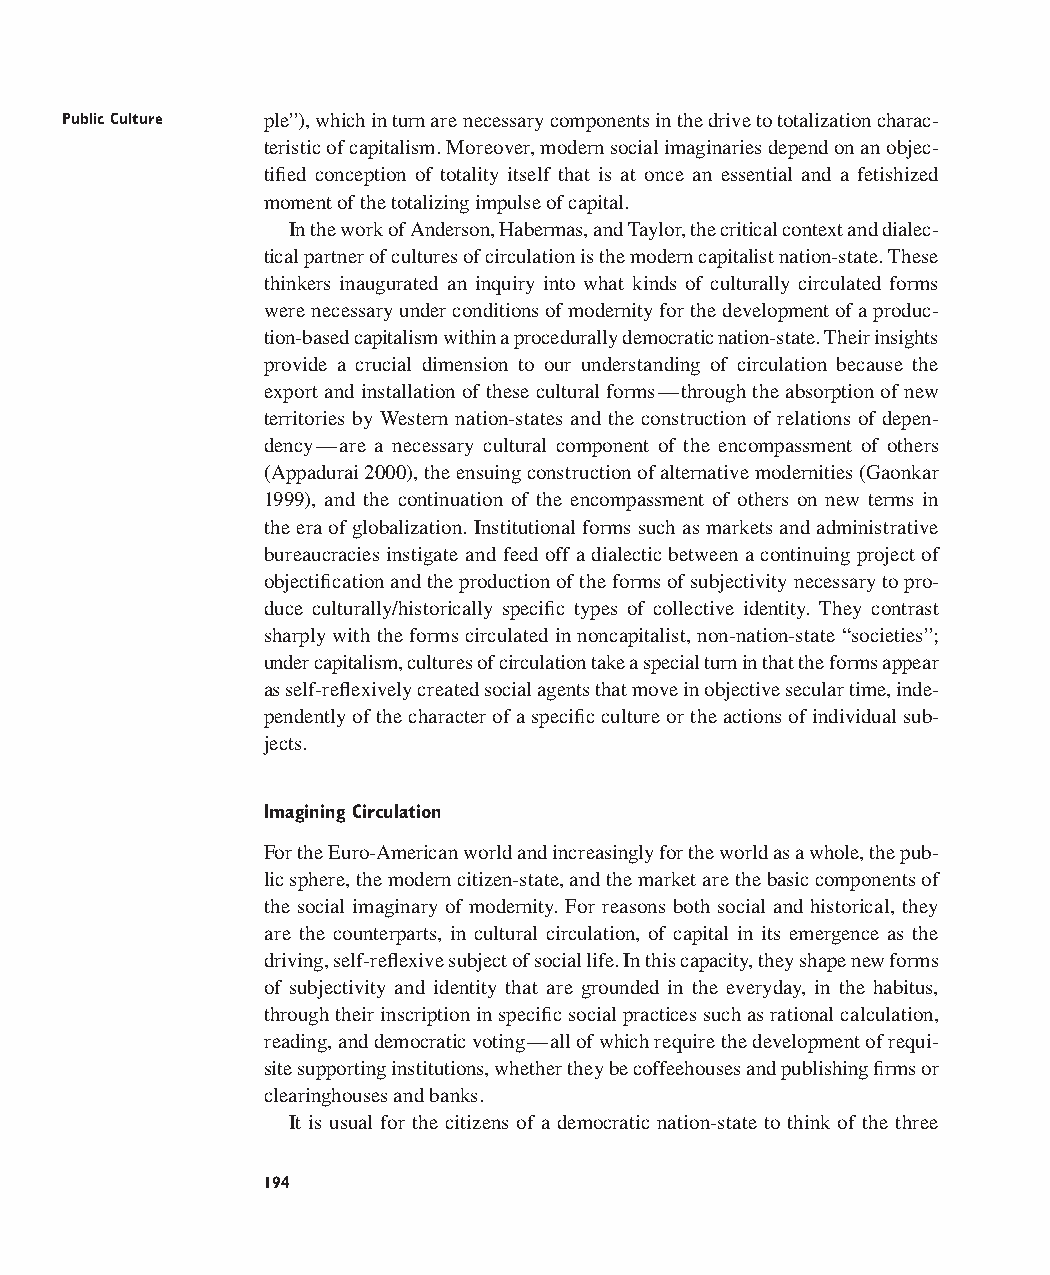
Public Culture ple”), which in turn are necessary components in the drive to totalization charac-
 teristic of capitalism. Moreover, modern social imaginaries depend on an objec-
 tified conception of totality itself that is at once an essential and a fetishized
 moment of the totalizing impulse of capital.
 In the work of Anderson, Habermas, and Taylor, the critical context and dialec-
 tical partner of cultures of circulation is the modern capitalist nation-state. These
 thinkers inaugurated an inquiry into what kinds of culturally circulated forms
 were necessary under conditions of modernity for the development of a produc-
 tion-based capitalism within a procedurally democratic nation-state. Their insights
 provide a crucial dimension to our understanding of circulation because the
 export and installation of these cultural forms—through the absorption of new
 territories by Western nation-states and the construction of relations of depen-
 dency—are a necessary cultural component of the encompassment of others
 (Appadurai 2000), the ensuing construction of alternative modernities (Gaonkar
 1999), and the continuation of the encompassment of others on new terms in
 the era of globalization. Institutional forms such as markets and administrative
 bureaucracies instigate and feed off a dialectic between a continuing project of
 objectification and the production of the forms of subjectivity necessary to pro-
 duce culturally/historically specific types of collective identity. They contrast
 sharply with the forms circulated in noncapitalist, non-nation-state “societies”;
 under capitalism, cultures of circulation take a special turn in that the forms appear
 as self-reflexively created social agents that move in objective secular time, inde-
 pendently of the character of a specific culture or the actions of individual sub-
 jects.
 Imagining Circulation
 For the Euro-American world and increasingly for the world as a whole, the pub-
 lic sphere, the modern citizen-state, and the market are the basic components of
 the social imaginary of modernity. For reasons both social and historical, they
 are the counterparts, in cultural circulation, of capital in its emergence as the
 driving, self-reflexive subject of social life. In this capacity, they shape new forms
 of subjectivity and identity that are grounded in the everyday, in the habitus,
 through their inscription in specific social practices such as rational calculation,
 reading, and democratic voting—all of which require the development of requi-
 site supporting institutions, whether they be coffeehouses and publishing firms or
 clearinghouses and banks.
 It is usual for the citizens of a democratic nation-state to think of the three
 194